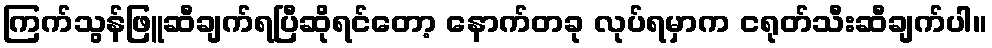
ကြက်သွန်ဖြူဆီချက်ရပြီဆိုရင်တော့ နောက်တခု လုပ်ရမှာက ငရုတ်သီးဆီချက်ပါ။